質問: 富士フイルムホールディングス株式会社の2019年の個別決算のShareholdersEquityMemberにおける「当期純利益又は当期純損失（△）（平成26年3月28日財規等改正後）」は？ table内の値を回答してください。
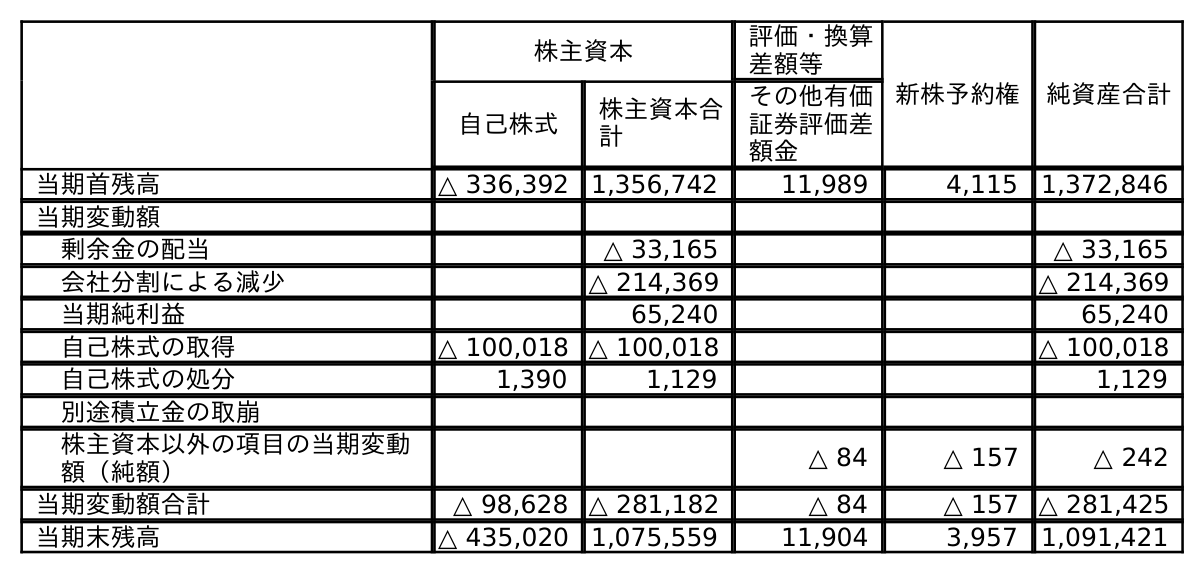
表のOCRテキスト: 株主資本 評価・換算 差額等 新株予約権 純資産合計 自己株式 株主資本合 計 その他有価 証券評価差 額金 当期首残高 △ 336,392 1,356,742 11,989 4,115 1,372,846 当期変動額 剰余金の配当 △ 33,165 △ 33,165 会社分割による減少 △ 214,369 △ 214,369 当期純利益 65,240 65,240 自己株式の取得 △ 100,018 △ 100,018 △ 100,018 自己株式の処分 1,390 1,129 1,129 別途積立金の取崩 株主資本以外の項目の当期変動 額（純額） △ 84 △ 157 △ 242 当期変動額合計 △ 98,628 △ 281,182 △ 84 △ 157 △ 281,425 当期末残高 △ 435,020 1,075,559 11,904 3,957 1,091,421
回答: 65,240